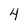
Character: 4